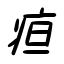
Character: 疸